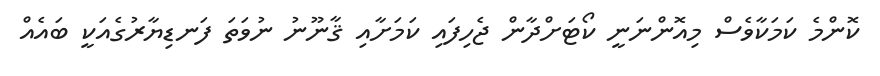
ކޮންމެ ކަމަކާވެސް މިއޮންނަނީ ކޯޓަށްދާން ޖެހިފައި ކަމަށާއި ޤާނޫނު ނުވަތަ ފަނޑިޔާރުގެއަކީ ބައެއް